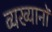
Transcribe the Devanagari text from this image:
व्यख्यानों